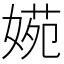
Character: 𡟃